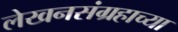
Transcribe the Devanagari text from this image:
लेखनसंग्रहाच्या